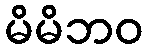
မိမိဘဝ